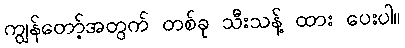
ကျွန်တော့်အတွက် တစ်ခု သီးသန့် ထား ပေးပါ။